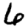
Digit: 6